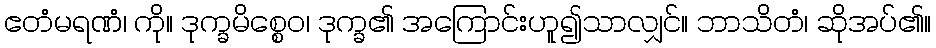
ဧတံမရဏံ၊ ကို။ ဒုက္ခမိစ္စေဝ၊ ဒုက္ခ၏ အကြောင်းဟူ၍သာလျှင်။ ဘာသိတံ၊ ဆိုအပ်၏။